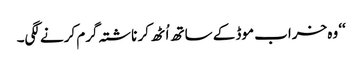
‘‘ وہ خراب موڈ کے ساتھ اُٹھ کر ناشتہ گرم کرنے لگی۔